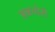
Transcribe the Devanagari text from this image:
अन्नचोरी